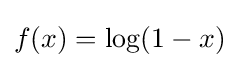
f(x)=\log(1-x)